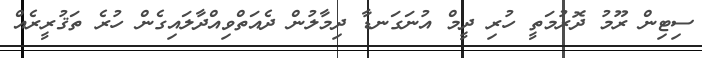
ސިޓިން ރޫމު ދޮރުމަތީ ހުރި ދީމް އުނަގަނޑާ ދިމާލުން ދެއަތްވިއްދާލައިގެން ހުރެ ތަޤުރީރެއް